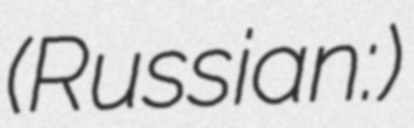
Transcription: (Russian: Лю́тога)